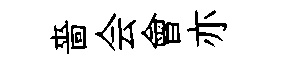
嗇会會亦